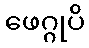
ဖေဂ္ဂုပိ